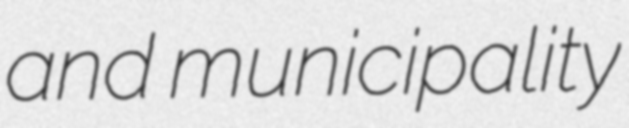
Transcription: and municipality